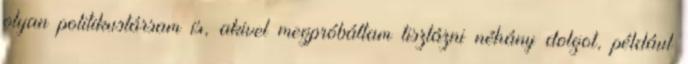
olyan politikustársam is, akivel megpróbáltam tisztázni néhány dolgot, például